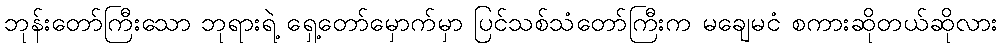
ဘုန်းတော်ကြီးသော ဘုရားရဲ့ ရှေ့တော်မှောက်မှာ ပြင်သစ်သံတော်ကြီးက မချေမငံ စကားဆိုတယ်ဆိုလား